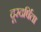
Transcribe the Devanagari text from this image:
दूरदर्षिता